Tartu_Kolgata_baptistikogudus, lk 87
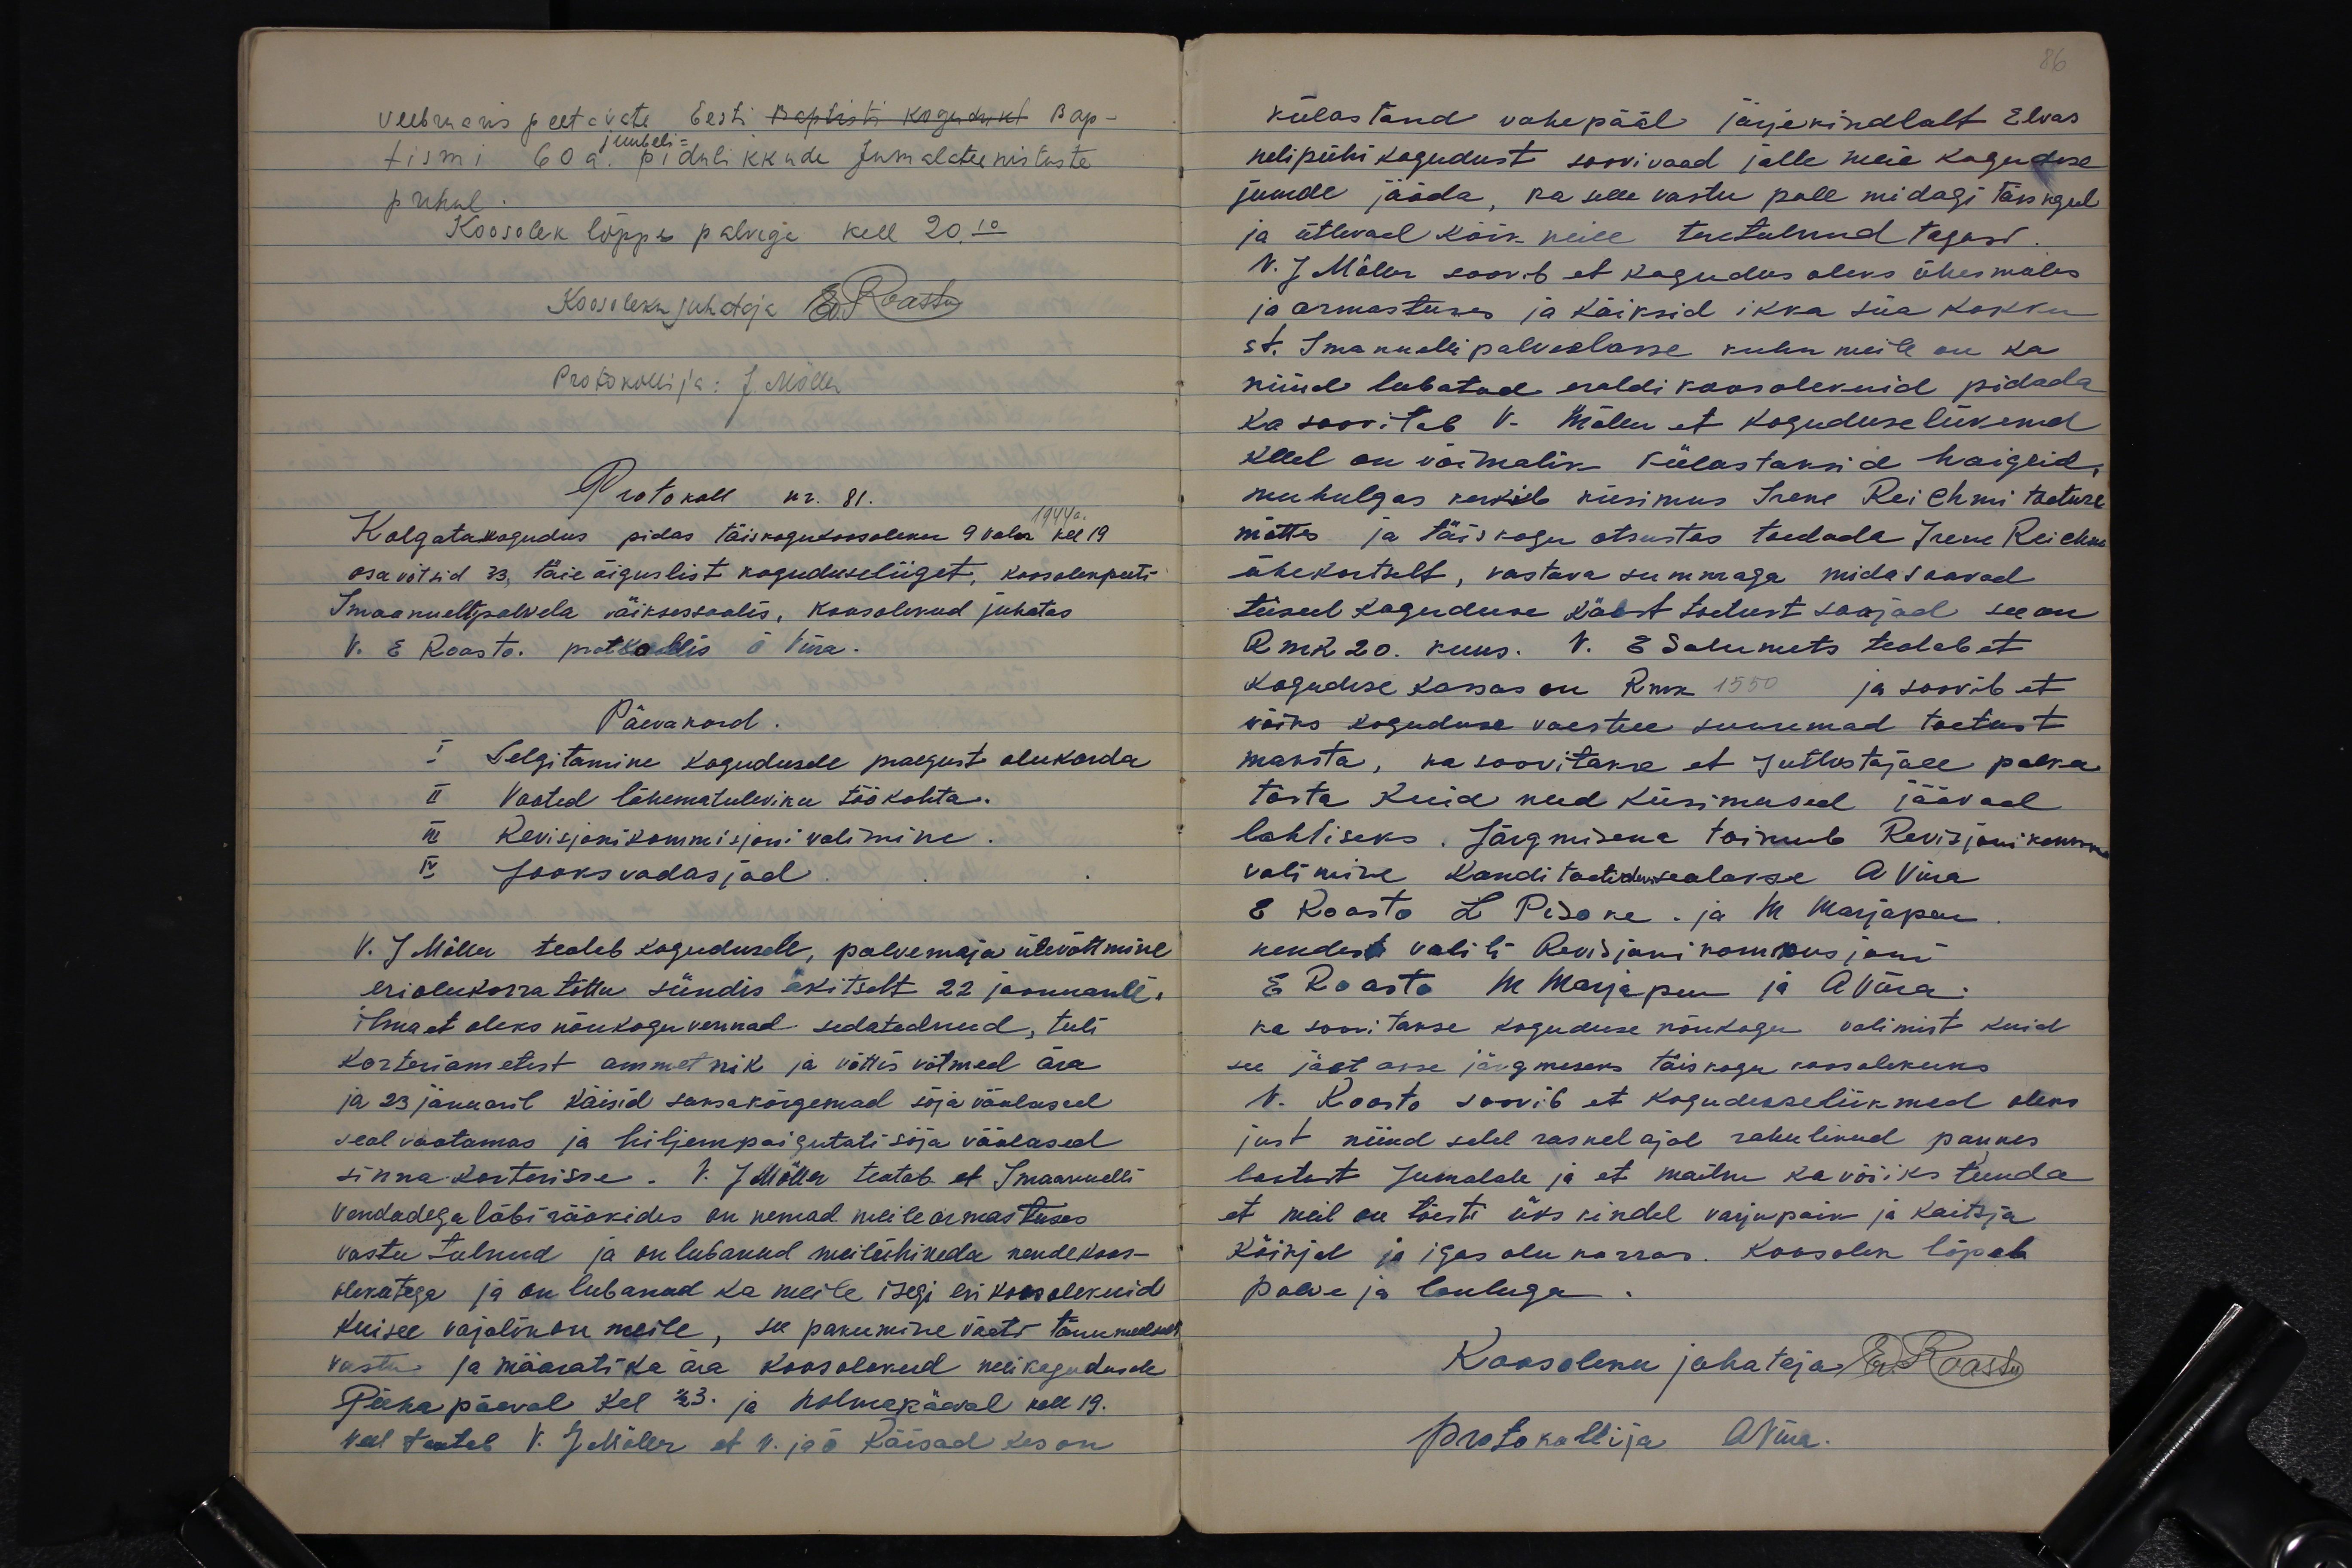
veebruaris peetavate Eesti Baptisti kogudusel Bap-
tismi 60 a. pidulikkude Jumalateenistuste
juubeli-
puhul.
Koosolek lõppes palvega kell 20.10
Koosoleku juhataja E. Roastu
Protokolli ja: J. Möller
Protokoll nr. 81.
Kolgatakogudus pidas täiskogukoosoleku 9 veebr kel 19.
1944 a.
osa võtsid 33, täie õiguslist koguduseliiget, koosolekpeeti
Imaanuelipalvele väikses saalis, koosolekud juhatas
V. E. Roasto. protokollis Õ Viira.
Päevakord.
I Selgitamine kogudusele praegust olukorda
II Vaated lähematuleviku töökohta.
III Revisjonikomisjoni valimine.
IV Jooksvadasjad
V. J. Möller teatab kogudusele, palvemaja ülevõtmine
eriolukorra tõttu sündis äkitselt 22 jaanuarill,
ilma et oleks nõukogu vennad sedatednud, tuli
korteriametest ammetnik ja võttis võtmed ära
ja 23 januaril käisid saksakõrgemad sõja väälased
seal vaatamas ja hiljempaigutati sõja väälased
sinna korterisse. V. J. Möller teatab et Imaanuelli
Vendadega läbi rääkides on nemad meile armastuses
vastu tulnud ja on lubanud meilühineda nendekoos-
olekutega ja on lubanud ka meile isegi eri koosolekuid
kui see vajalik on meile, see pakumine võeti tänumeelsest
vastu ja määrati ka ära koosolekud nelikogudusde
Pühapäeval kel 1/2 3. ja kolmapäeval kell 19.
veel teatab v. J. Möller, et v. ja õ Käisad kes on

86
külastand vahepääl järjekindlalt Elvas
nelipühi kogudust soovivaad jalle meie koguduse
juurde jääda, ka selle vastu pole midagi täiskogul
ja ütlevad kõik neile teretulnud tagasi.
V. J. Möller soovib et kogudus oleks ühes meeles
ja armastuses ja käiksid ikka siia kokku
st. Imanuelli palvelasse kuhu meile on ka
nüüd lubatud eraldi koosolekuid pidada
ka soovitab V. Möller, et koguduse liikmed
kelel on võimalik külastaksid haigeid,
muhulgas kerkib küsimus Irene Reichmi toetuse
mõttes ja täiskogu otsustas toedada Irene Reichmi
ühekortselt, vastava summaga mida saavad
teised koguduse käest toetust saajad see on
Rmk 20. kuus. V. E Salumets teatab et
koguduse kassas on Rink 1550 ja soovib et
võiks koguduse vaestele suuremad toetust
maksta, ka soovitakse et jutlustajale palka
tõsta Kuid need küsimused jäävad
lahtiseks. Järgmisena toimub Revisjonikomm
valimine. Kanditaatideks seatasse A. Viira
E Roasto L Pisoke. ja M Marjapuu
nendest valiti Revisjoni kommisjoni
E. Roasto M. Marjapuu ja A. Viira.
ka soovitakse koguduse nõukogu valimist kuid
see jäetakse järgmiseks täiskogu koosolekuks.
V. Roasto soovib et koguduseliikmed oleks
just nüüd selel raskel ajal rahulikud pannes
lootust Jumalale ja et mailm ka võiks tunda
et meil on tõesti üks kindel varjupaik ja kaitsja
Kõikjal ja igas olu korras. Koosolek lõpeb
palve ja lauluga
Koosoleku jahataja E. Roastu
Protokollija AViira